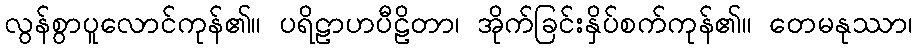
လွန်စွာပူလောင်ကုန်၏။ ပရိဠာဟပီဠိတာ၊ အိုက်ခြင်းနှိပ်စက်ကုန်၏။ တေမနုဿာ၊